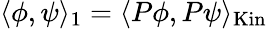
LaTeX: \langle\phi,\psi\rangle_{1}=\langle P\phi,P\psi\rangle_{\mathrm{Kin}}